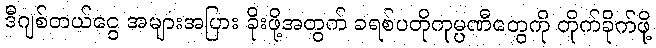
ဒီဂျစ်တယ်ငွေ အများအပြား ခိုးဖို့အတွက် ခရစ်ပတိုကုမ္ပဏီတွေကို တိုက်ခိုက်ဖို့